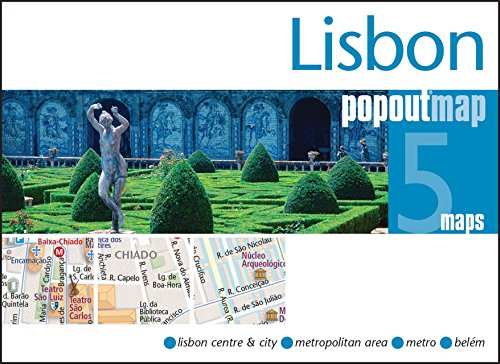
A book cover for Lisbon PopOut Map (PopOut Maps); Travel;